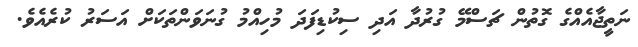
ނަތީޖާއެއްގެ ގޮތުން ޗަސްމޭ ގުރުދާ އަދި ސިކުޑިފަދަ މުހިއްމު ގުނަވަންތަކަށް އަސަރު ކުރެއެވެ.